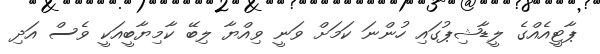
ޕާޓީއެއްގެ ލީޑާޝިޕުގައި ހުންނަ ކަމަށް ވަނީ ވިއްޔާ ލިބޭ ކާމިޔާބީއަކީ ވެސް އަދި